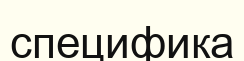
специфика